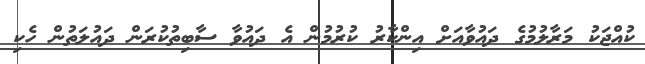
ކުއްޖަކު މަރާލުމުގެ ދައުވާއަށް އިންކާރު ކުރުމުން އެ ދައުވާ ސާބިތުކުރަން ދައުލަތުން ހެކި